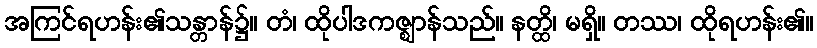
အကြင်ရဟန်း၏သန္တာန်၌။ တံ၊ ထိုပါဒကဇ္ဈာန်သည်။ နတ္ထိ၊ မရှိ။ တဿ၊ ထိုရဟန်း၏။